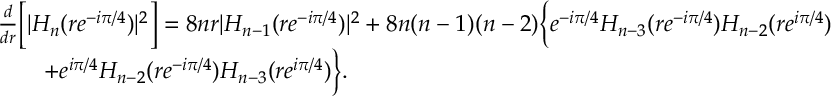
\begin{array} { r l } & { \frac d { d r } \Big [ | H _ { n } ( r e ^ { - i \pi / 4 } ) | ^ { 2 } \Big ] = 8 n r | H _ { n - 1 } ( r e ^ { - i \pi / 4 } ) | ^ { 2 } + 8 n ( n - 1 ) ( n - 2 ) \Big \{ e ^ { - i \pi / 4 } H _ { n - 3 } ( r e ^ { - i \pi / 4 } ) H _ { n - 2 } ( r e ^ { i \pi / 4 } ) } \\ & { \qquad + e ^ { i \pi / 4 } H _ { n - 2 } ( r e ^ { - i \pi / 4 } ) H _ { n - 3 } ( r e ^ { i \pi / 4 } ) \Big \} . } \end{array}